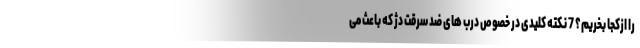
را ازکجا بخریم؟ 7 نکته کلیدی در خصوص درب های ضد سرقت دژ که باعث می